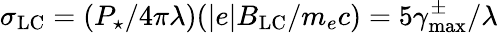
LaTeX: \sigma_{\mathrm{LC}}=(P_{\star}/4\pi\lambda)(|e|B_{\mathrm{LC}}/m_{e}c)=5\gamma_{\mathrm{max}}^{\pm}/\lambda